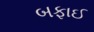
બફાઈ